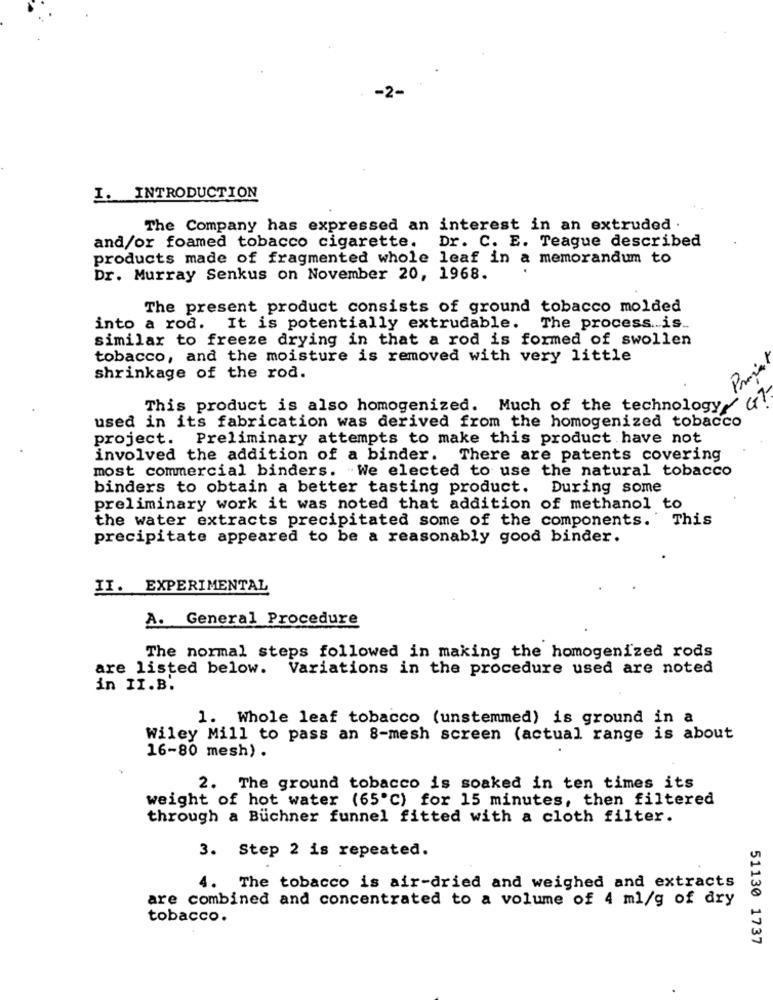
I. INTRODUCTION
The Company has expressed an interest in an extruded .
and/or foamed tobacco cigarette. Dr. C. E. Teague described
products made of fragmented whole leaf in a memorandum to
Dr. Murray Senkus on November 20, 1968.
The present product consists of ground tobacco molded
into a rod. It is potentially extrudable. The process is ..
similar to freeze drying in that a rod is formed of swollen
tobacco, and the moisture is removed with very little
Projet
shrinkage of the rod.
This product is also homogenized. Much of the technology/ u!
used in its fabrication was derived from the homogenized tobacco
project. Preliminary attempts to make this product have not
involved the addition of a binder. There are patents covering
most commercial binders. We elected to use the natural tobacco
binders to obtain a better tasting product. During some
preliminary work it was noted that addition of methanol to
the water extracts precipitated some of the components. This
precipitate appeared to be a reasonably good binder.
II. EXPERIMENTAL
A. General Procedure
The normal steps followed in making the homogenized rods
are listed below. Variations in the procedure used are noted
in II.B.
1. Whole leaf tobacco (unstemmed) is ground in a
Wiley Mill to pass an 8-mesh screen (actual range is about
16-80 mesh) .
2. The ground tobacco is soaked in ten times its
weight of hot water (65℃) for 15 minutes, then filtered
through a Buchner funnel fitted with a cloth filter.
3. Step 2 is repeated.
4. The tobacco is air-dried and weighed and extracts
are combined and concentrated to a volume of 4 ml/g of dry
tobacco.
51130 1737